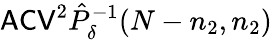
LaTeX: \mathsf{ACV}^{2}\hat{P}_{\delta}^{-1}(N-n_{2},n_{2})